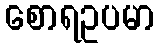
စောရဥပမာ